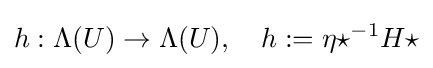
h:\Lambda (U)\rightarrow \Lambda (U),\quad h:=\eta {\star }^{-1}H\star